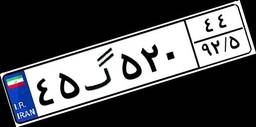
۴۵گ۵۲۰۴۴